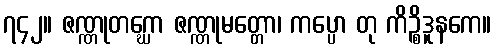
၇၄၂။ ဇဏ္ဏုတဂ္ဃော ဇဏ္ဏုမတ္တော၊ ကပ္ပော တု ကိဉ္စိဒူနကေ။